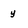
Character: y